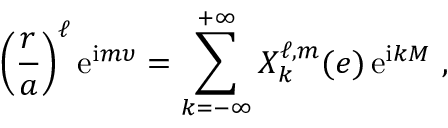
\left( \frac { r } { a } \right) ^ { \ell } \mathrm { e } ^ { \mathrm { i } m \upsilon } = \sum _ { k = - \infty } ^ { + \infty } X _ { k } ^ { \ell , m } ( e ) \, \mathrm { e } ^ { \mathrm { i } k M } \ ,